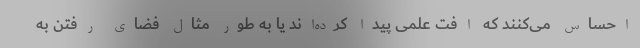
احساس می‌کنند که افت علمی پیدا کرده‌اند یا به طور مثال فضای رفتن به